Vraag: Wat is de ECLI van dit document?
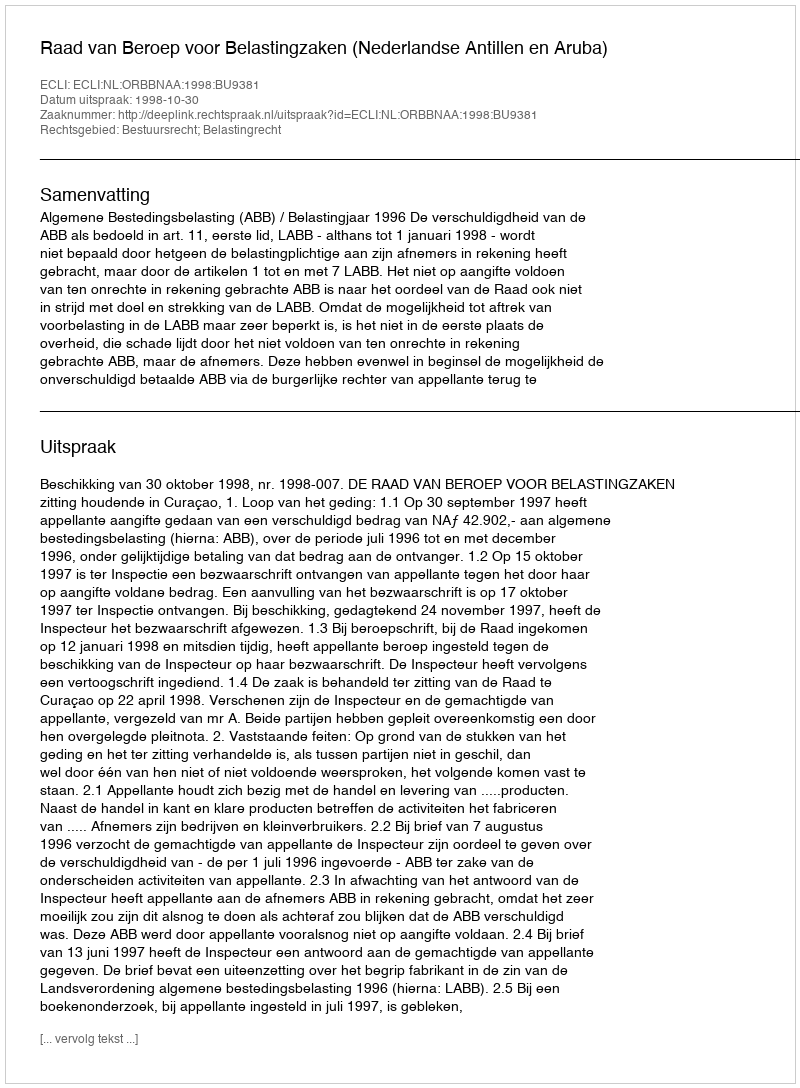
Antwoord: ECLI:NL:ORBBNAA:1998:BU9381